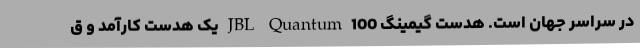
در سراسر جهان است. هدست گیمینگ JBL Quantum 100 یک هدست کارآمد و ق